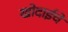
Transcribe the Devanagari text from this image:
खोदाईचे